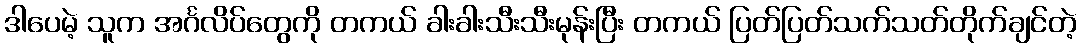
ဒါပေမဲ့ သူက အင်္ဂလိပ်တွေကို တကယ် ခါးခါးသီးသီးမုန်းပြီး တကယ် ပြတ်ပြတ်သက်သတ်တိုက်ချင်တဲ့